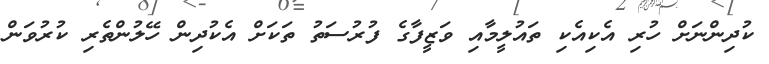
ކުދިންނަށް ހުރި އެކިއެކި ތައުލީމާއި ވަޒީފާގެ ފުރުސަތު ތަކަށް އެކުދިން ހޭލުންތެރި ކުރުވަން